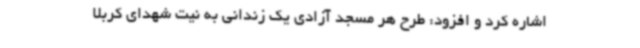
اشاره کرد و افزود: طرح هر مسجد آزادی یک زندانی به نیت شهدای کربلا